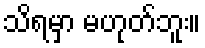
သိရမှာ မဟုတ်ဘူး။